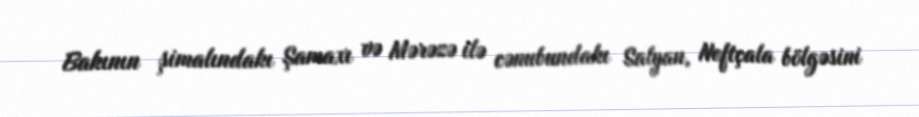
Bakının şimalındakı Şamaxı və Mərəzə ilə cənubundakı Salyan, Neftçala bölgəsini